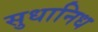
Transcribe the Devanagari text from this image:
सुधानिध